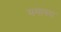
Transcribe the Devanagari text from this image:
ममापरा